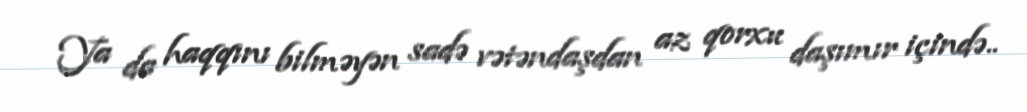
Ya da haqqını bilməyən sadə vətəndaşdan az qorxu daşımır içində..